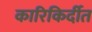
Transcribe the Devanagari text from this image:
कारिकिर्दीत